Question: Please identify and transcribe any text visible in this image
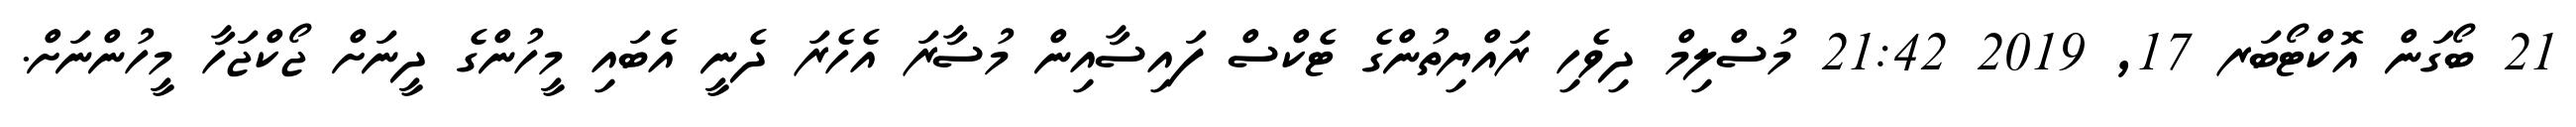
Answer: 21 ބޯގަން އޮކްޓޯބަރ 17, 2019 21:42 މުސްލިމް ދިވެހި ރައްޔިތުންގެ ޓެކްސް ފައިސާއިން މުސާރަ އެހެރަ ދެނީ އެބައި މީހުންގެ ދީނަށް ޖޯކްޖަހާ މީހުންނަށް.